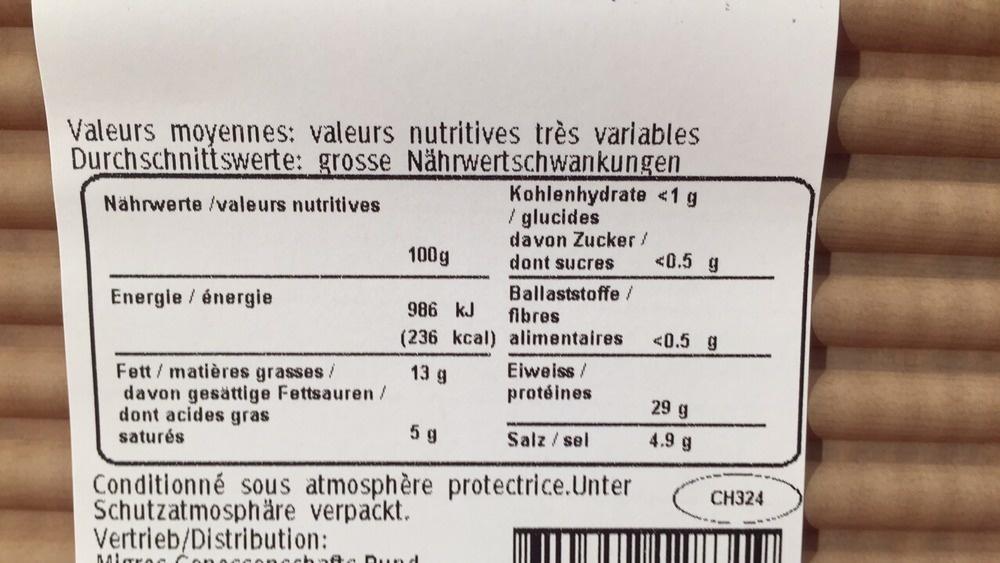
Valeurs moyennes: valeurs nutritives très variables Durchschnittswerte: grosse Nährwertschwankungen
Nährwerte /valeurs nutritives
Energie énergie
Fett / matières grasses / davon gesättige Fettsauren /
dont acides gras
saturés
100g
986 kJ (236 kcal)
13 g
Migros
5 g
Kohlenhydrate <1 g
/ glucides
Salz / sel
Conditionné sous atmosphère protectrice.Unter Schutzatmosphäre verpackt.
Vertrieb/Distribution:
chafte Dund
davon Zucker / dont sucres
Ballaststoffe /
fibres
alimentaires
Eiweiss/
protéines
<0.5 g
<0.5 g
29 g
4.9 g
CH324